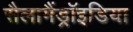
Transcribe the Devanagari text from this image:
सैलामैंड्रॉइडिया